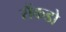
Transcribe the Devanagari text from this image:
सैंकडो